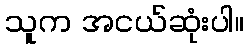
သူက အငယ်ဆုံးပါ။